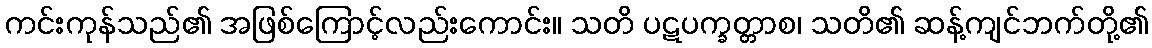
ကင်းကုန်သည်၏ အဖြစ်ကြောင့်လည်းကောင်း။ သတိ ပဋပက္ခတ္တာစ၊ သတိ၏ ဆန့်ကျင်ဘက်တို့၏